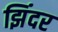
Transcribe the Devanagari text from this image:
झिंदर